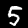
Digit: 5